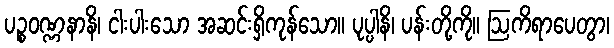
ပဉ္စဝဏ္ဏနာနိ၊ ငါးပါးသော အဆင်းရှိကုန်သော။ ပုပ္ပါနိ၊ ပန်းတို့ကို။ ဩကိရာပေတွာ၊